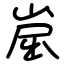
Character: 崫